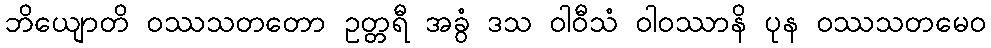
ဘိယျောတိ ဝဿသတတော ဥတ္တရီ အခွံ ဒသ ဝါဝီသံ ဝါဝဿာနိ ပုန ဝဿသတမေဝ